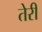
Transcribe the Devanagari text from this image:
तेेरी